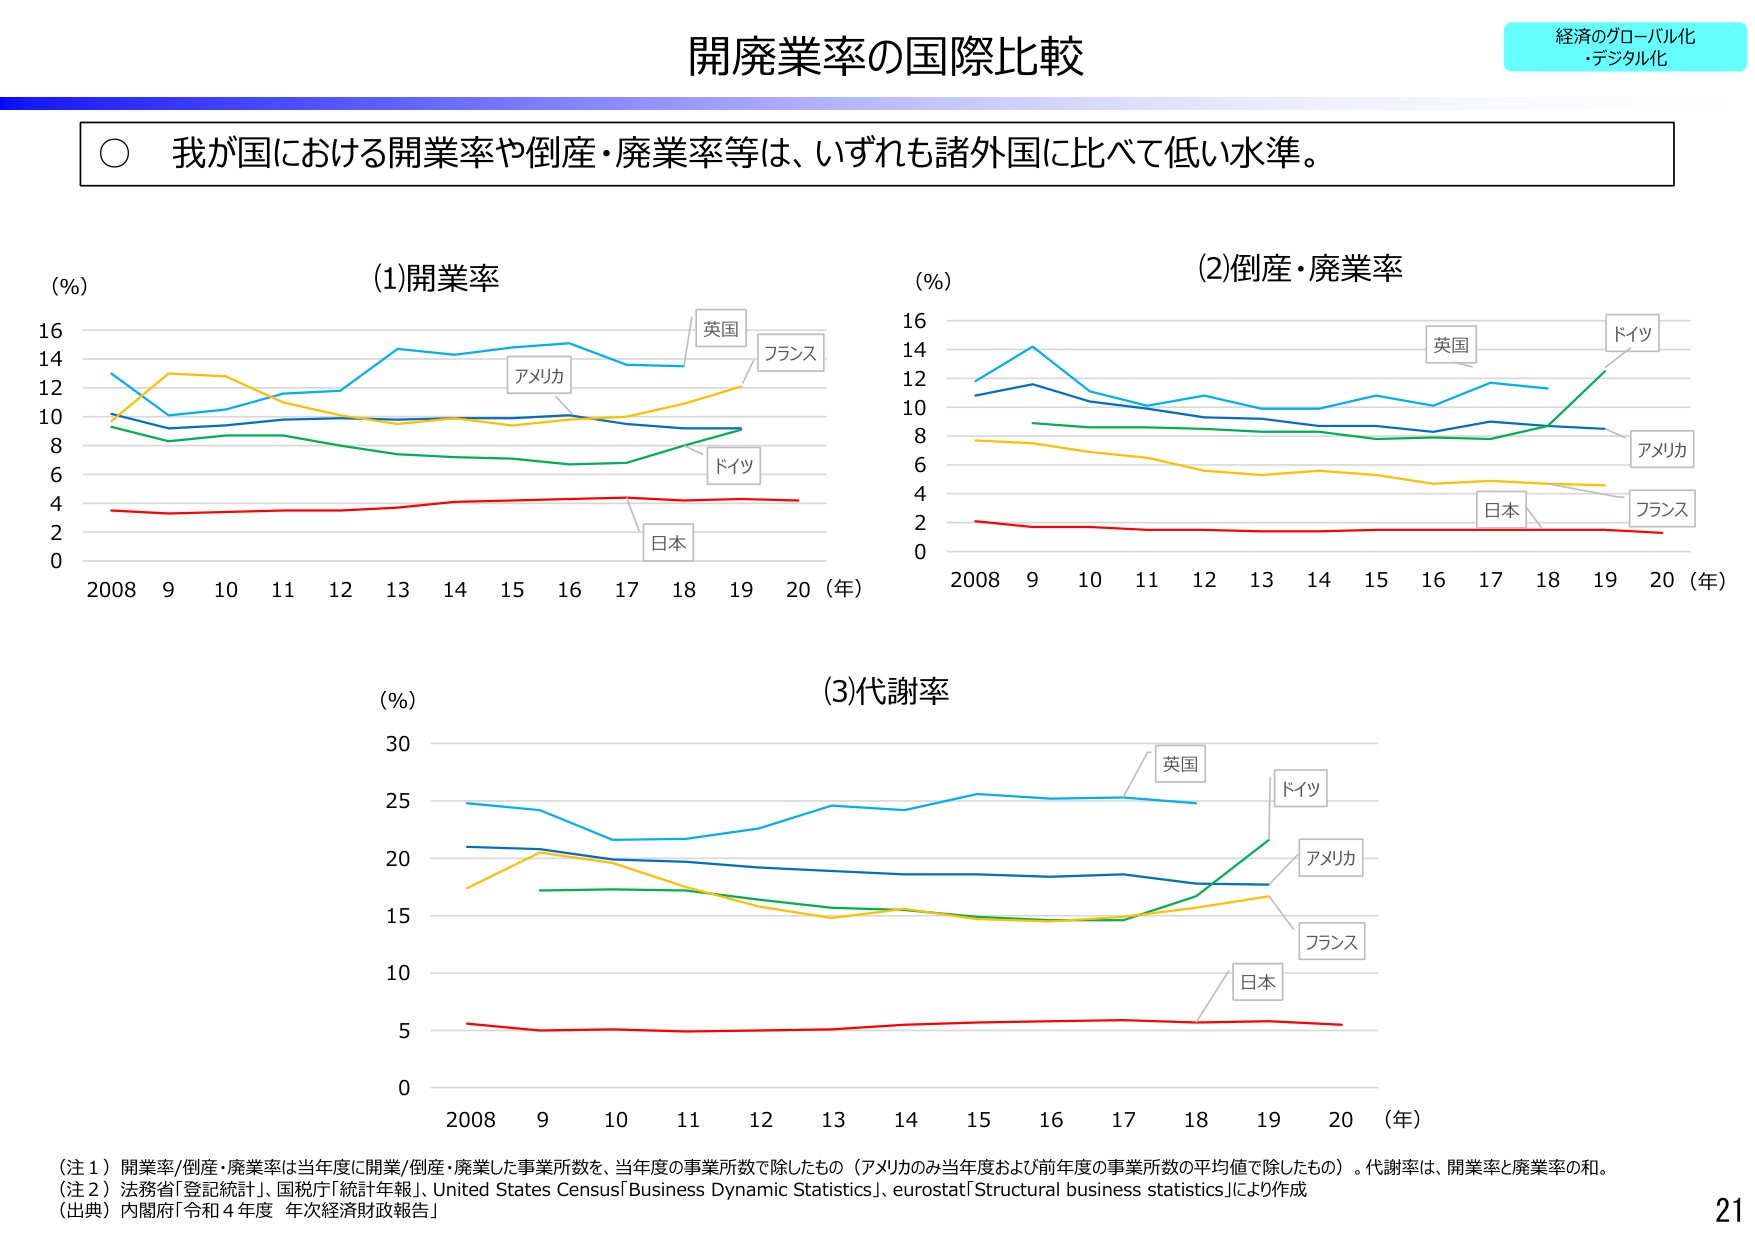
経済のグローバル化
・デジタル化

開廃業率の国際比較

○ 我が国における開業率や倒産・廃業率等は、いずれも諸外国に比べて低い水準。

(%) (1)開業率
16
14
12
10
8
6
4
2
0
2008 9 10 11 12 13 14 15 16 17 18 19 20 (年)
英国
フランス
アメリカ
ドイツ
日本

(%) (2)倒産・廃業率
16
14
12
10
8
6
4
2
0
2008 9 10 11 12 13 14 15 16 17 18 19 20 (年)
英国
ドイツ
アメリカ
フランス
日本

(%) (3)代謝率
30
25
20
15
10
5
0
2008 9 10 11 12 13 14 15 16 17 18 19 20 (年)
英国
ドイツ
アメリカ
フランス
日本

（注１）開業率/倒産・廃業率は当年度に開業/倒産・廃業した事業所数を、当年度の事業所数で除したもの（アメリカのみ当年度および前年度の事業所数の平均値で除したもの）。代謝率は、開業率と廃業率の和。
（注２）法務省「登記統計」、国税庁「統計年報」、United States Census「Business Dynamic Statistics」、eurostat「Structural business statistics」により作成
（出典）内閣府「令和４年度 年次経済財政報告」

21